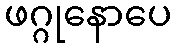
ဖဂ္ဂုနောပေ